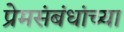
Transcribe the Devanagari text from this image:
प्रेमसंबंधांच्या